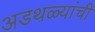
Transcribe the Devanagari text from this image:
अडथळ्यांची